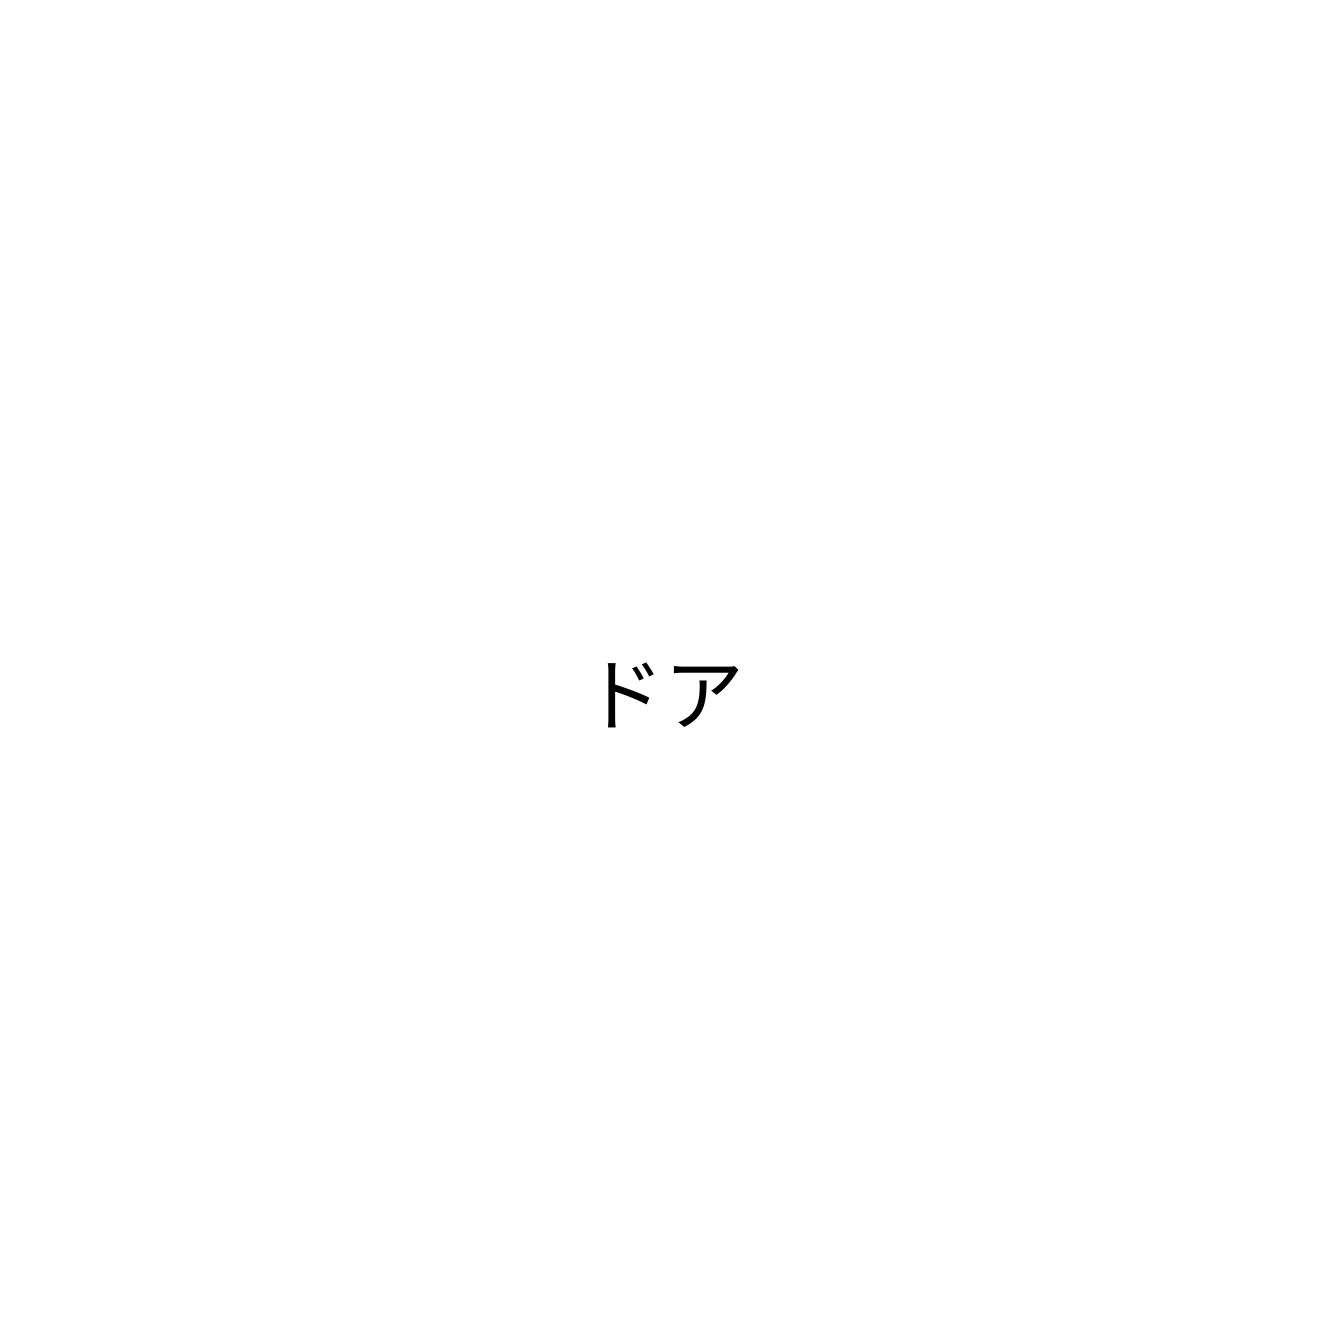
ドア